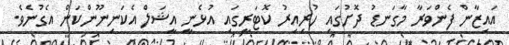
އައިޒާން ފެންވަރާ މާގަނޑު ދޮށުގައި ހުރިއިރު ކޮޓަރީގައި އުޅެނީ އީޝަލް އެކަނިނޫންކަން އެގުނެވެ.